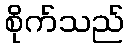
စိုက်သည်